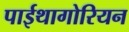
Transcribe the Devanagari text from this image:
पाईथागोरियन